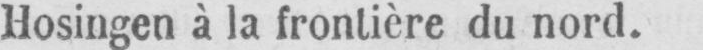
Hosingen à la frontière du nord.